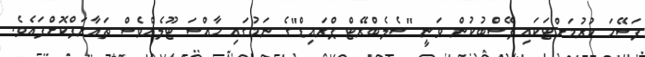
ފަސޭހަ ކުރުމަށްޓަކައި ފޭސްބުކުން ވަނީ "ސެލެބްރޭޓް ޕްރައިޑް"ގެ ނަމުގައި ހާއްސަ ޓޫލެއްވެސް ތައާރަފްކޮށްފައެވެ.